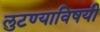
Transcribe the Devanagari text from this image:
लुटण्याविषयी